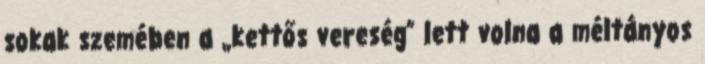
sokak szemében a „kettős vereség” lett volna a méltányos